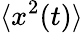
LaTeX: \langle x^{2}(t)\rangle